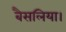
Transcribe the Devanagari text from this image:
बैसलिया।